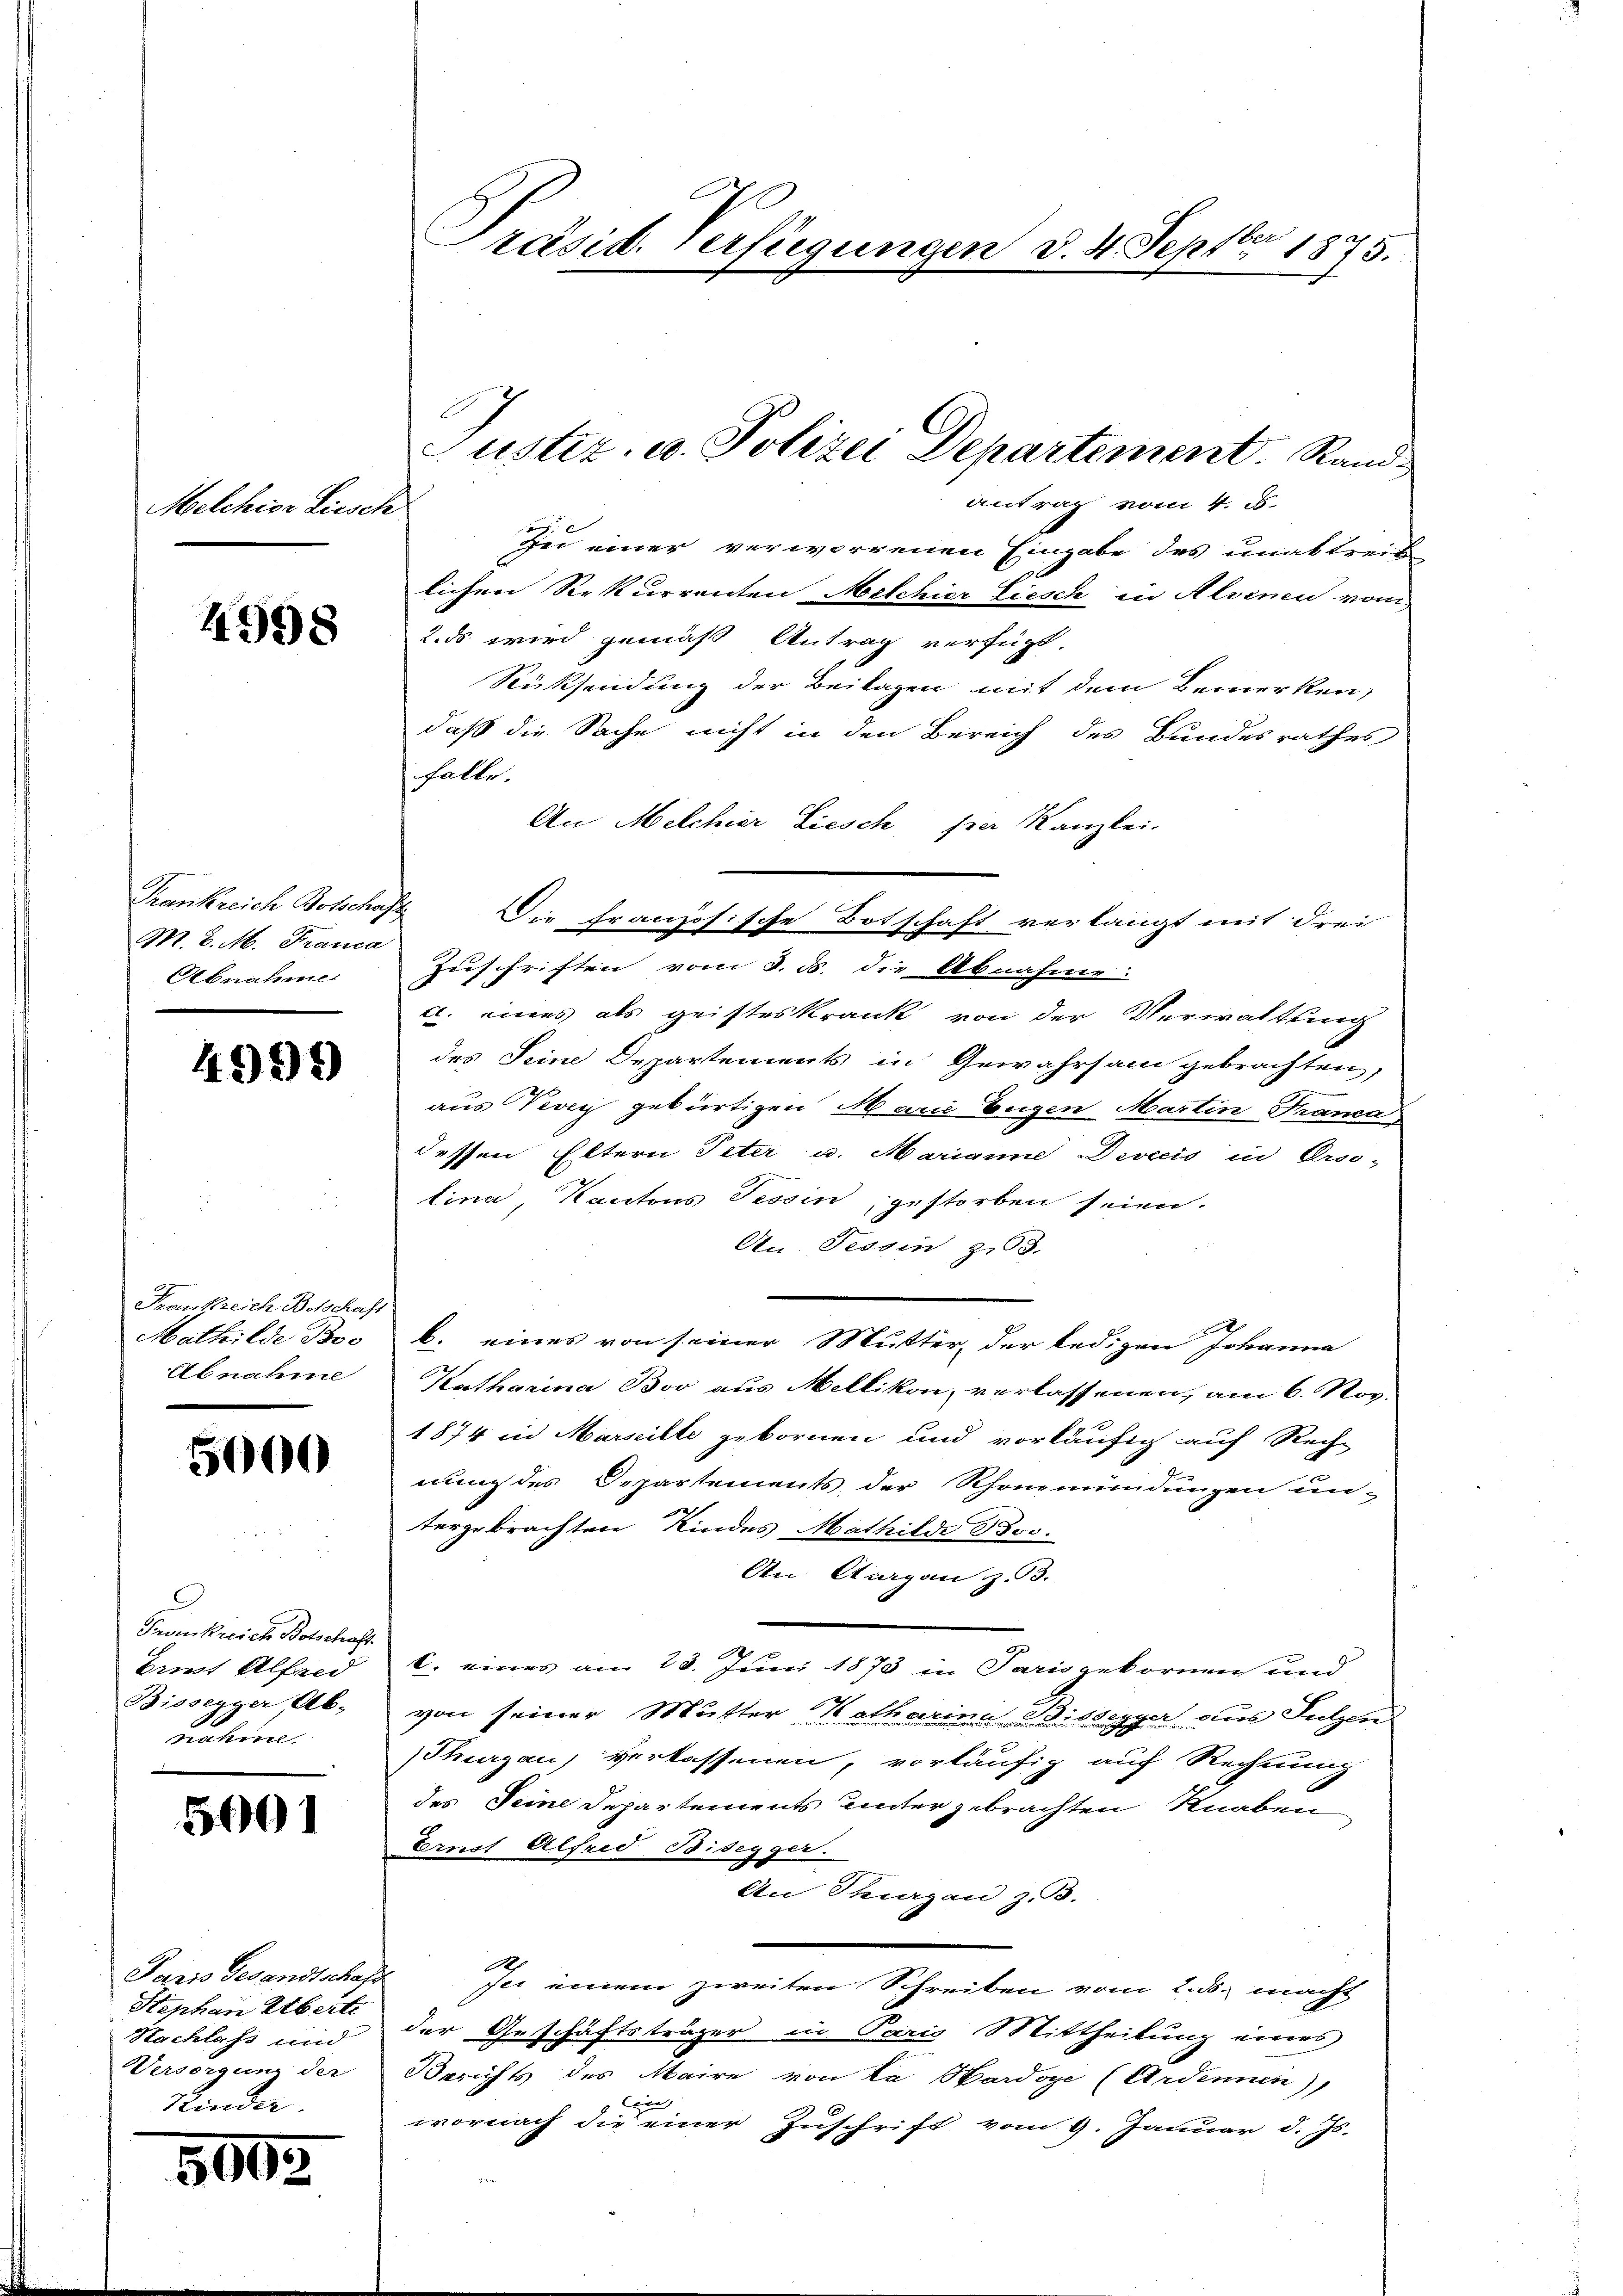
Melchior Liesch

4998

Frankreich Botschaf
M. Z. M. Franca
Abnahme

4999

Frankreich Botschaf
Mathilde Bos
Abnahme

5000

Fonkreich Botschaft.
Bunt Alfeld
Bissegger Ab-
nahme.

5001

Jaris Gesandtschaf
Stephan Eberte
Sachlass und
Versorgung der
Kinder

5002

Präsid. Verfügungen d. 4. Septbr 1875.

Justiz- u. Polizei Departement. Sandantrag vom 4. d.

e
Zu einer verworrenen Eingabe des unabtreif
lichen Rekurrenten Melchior Liesch in Alvenen vom
2. ds wird gemäß Antrag verfügt.
Rücksendung der Beilagen mit dem Bemerken,
daß die Sache nicht in den Bereich des Bundesrathes
falle.
An Melchier Liesch per Kanzlei.
2. Die Französische Botschaft verlangt mit Frei
Zuschriften vom 3. ds. die Abnahme:
c. eines als geisteskrank von der Verwaltung
des Seine Departements in Gewahrsam gebrachten,
aus Vevey gebürtigen Marie Eugen Martin Trama
dessen Eltern Peter u. Marianne Devicis in Erse-
lina, Kantons Tessin, gestorben seien.
An Tessin, z. 3.
b. eines von seiner Mutter, der ledigen Johanna
Katharina Boo aus Mellikon, verlassenen, am 6. Nov.
1874 in Marseille gebornen und vorläufig auf Rech-
nung des Departements der Rhonemündungen un-
tergebrachten Kindes Mathilde Bos.
An Aargau z. B.
6. eines am 23. Juni 1873 in Paris gekornen und
von seiner Mutter Katharina Bissypa aus Lutzen
shurgau, verkassenen, vorläufig auf Rechnung
des Seine Departements unter gebrachten Knaben
Eernst Alfred Bisegger.
An Parzen z. B.
2
sic einem zweiten Schreiben vom 2. ds. macht
der Geschäftsträger in Paris Mittheilung eines
Berichts des Maire von la Hardoye (Ardennen),
be |
wornach die einer Zuschrift vom 9. Januar d. Js.